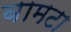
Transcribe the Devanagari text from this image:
बामटा